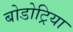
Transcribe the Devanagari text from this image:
बोडोट्रिया